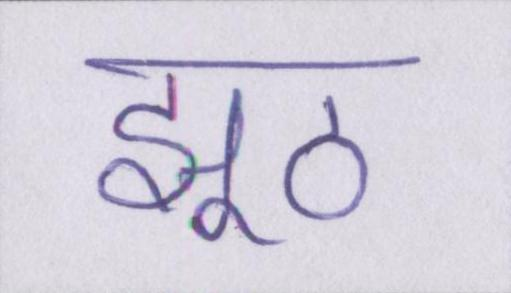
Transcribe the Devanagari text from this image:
झूठ